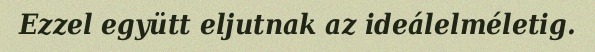
Ezzel együtt eljutnak az ideálelméletig.